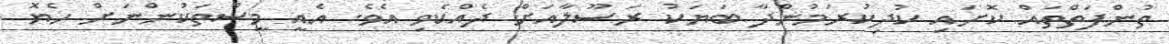
ތުންފަތްތައް ކޮށައި ކުދިކުރަމުންދާ ބަޔަކު ރަސޫލާއަށް ދެއްކެވި އެވެ. އެއީ މީސްތަކުންނަށް ހެޔޮ